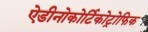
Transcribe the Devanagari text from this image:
ऐडीनोकोर्टिकोट्रोफिक